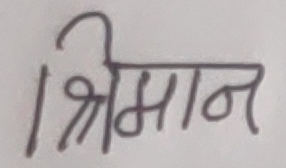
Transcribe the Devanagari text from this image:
श्रीमान